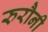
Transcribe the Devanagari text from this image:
रुरौनी